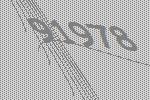
91978